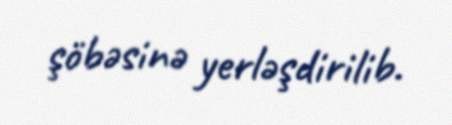
şöbəsinə yerləşdirilib.